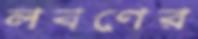
লবণের